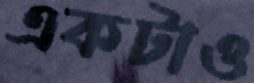
একটাও